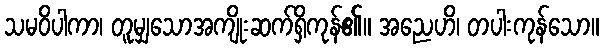
သမဝိပါကာ၊ တူမျှသောအကျိုးဆက်ရှိကုန်၏။ အညေဟိ၊ တပါးကုန်သော။